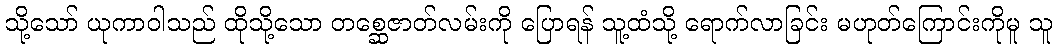
သို့သော် ယုကာဝါသည် ထိုသို့သော တစ္ဆေဇာတ်လမ်းကို ပြောရန် သူ့ထံသို့ ရောက်လာခြင်း မဟုတ်ကြောင်းကိုမူ သူ